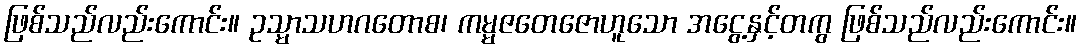
ဖြစ်သည်လည်းကောင်း။ ဥသ္မာသဟဂတောစ၊ ကမ္မဇတေဇောဟူသော အငွေ့နှင့်တကွ ဖြစ်သည်လည်းကောင်း။